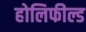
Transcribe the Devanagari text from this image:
होलिफील्ड